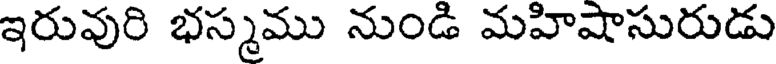
ఇరువురి భస్మము నుండి మహిషాసురుడు